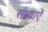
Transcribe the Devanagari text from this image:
संध्याएँ